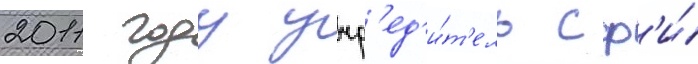
2011 году учр'ед'и́т'ель сф'и́